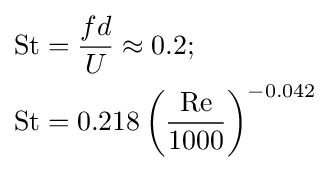
{\begin{aligned}{\text{St}}&={\frac {fd}{U}}\approx 0.2;\\{\text{St}}&=0.218\left({\frac {\text{Re}}{1000}}\right)^{-0.042}\end{aligned}}